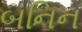
બનિન